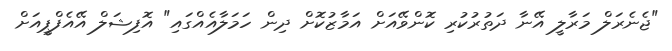
"ޖެނެރަލް މަރާލީ އޭނާ ދަތުރުކުރި ކޮންވޭއަށް އަމާޒުކޮށް ދިން ހަމަލާއެއްގައި" އޮފިޝަލް އޭއެފްޕީއަށް